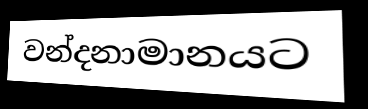
වන්දනාමානයට